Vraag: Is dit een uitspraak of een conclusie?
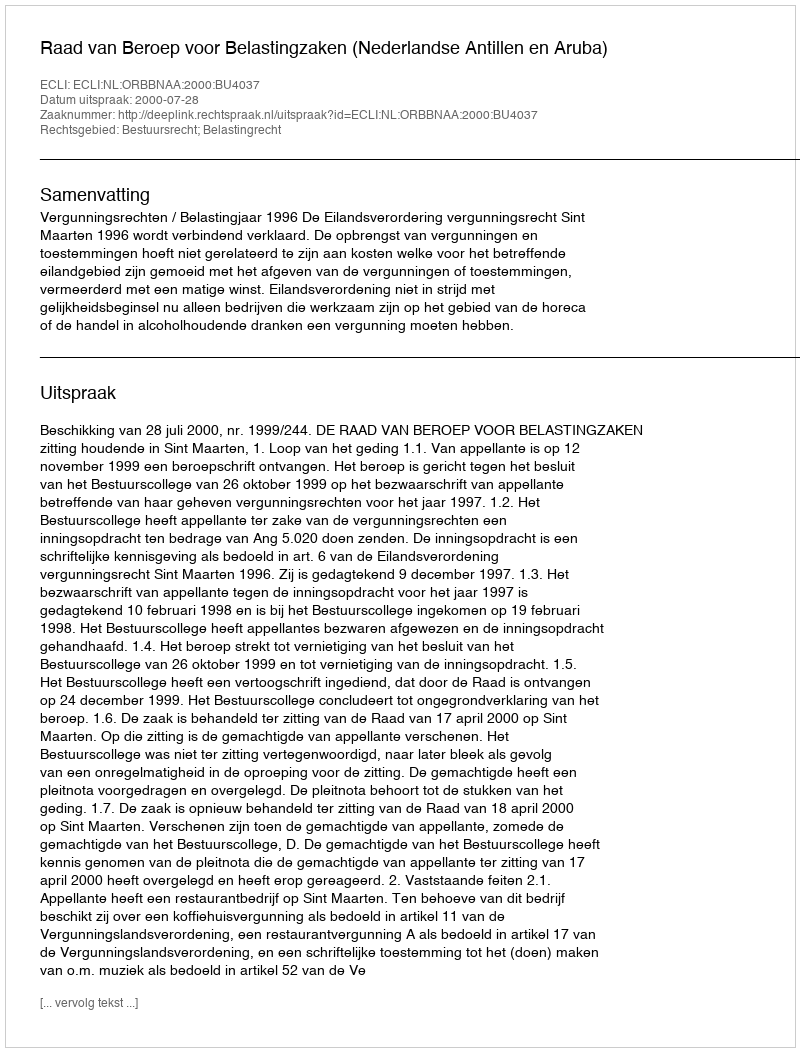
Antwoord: Uitspraak